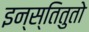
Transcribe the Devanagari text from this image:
इन्स्तितुतो